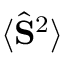
\langle \hat { \mathbf { S } } ^ { 2 } \rangle